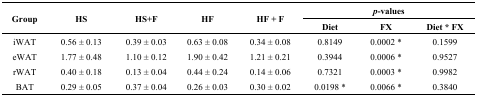
<table><thead><tr><td rowspan="2"><b>Group</b></td><td rowspan="2"><b>HS</b></td><td rowspan="2"><b>HS+F</b></td><td rowspan="2"><b>HF</b></td><td rowspan="2"><b>HF + F</b></td><td colspan="3"><b><i>p</i>-values</b></td></tr><tr><td><b>Diet</b></td><td><b>FX</b></td><td><b>Diet * FX</b></td></tr></thead><tbody><tr><td>iWAT</td><td>0.56 ± 0.13</td><td>0.39 ± 0.03</td><td>0.63 ± 0.08</td><td>0.34 ± 0.08</td><td>0.8149</td><td>0.0002 *</td><td>0.1599</td></tr><tr><td>eWAT</td><td>1.77 ± 0.48</td><td>1.10 ± 0.12</td><td>1.90 ± 0.42</td><td>1.21 ± 0.21</td><td>0.3944</td><td>0.0006 *</td><td>0.9527</td></tr><tr><td>rWAT</td><td>0.40 ± 0.18</td><td>0.13 ± 0.04</td><td>0.44 ± 0.24</td><td>0.14 ± 0.06</td><td>0.7321</td><td>0.0003 *</td><td>0.9982</td></tr><tr><td>BAT</td><td>0.29 ± 0.05</td><td>0.37 ± 0.04</td><td>0.26 ± 0.03</td><td>0.30 ± 0.02</td><td>0.0198 *</td><td>0.0066 *</td><td>0.3840</td></tr></tbody></table>